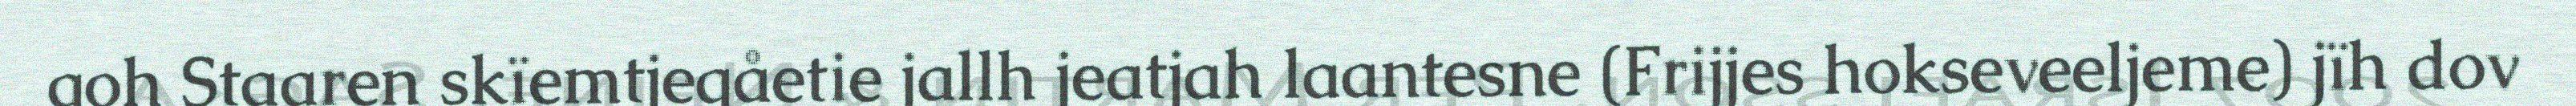
goh Staaren skïemtjegåetie jallh jeatjah laantesne (Frijjes hokseveeljeme) jïh dov